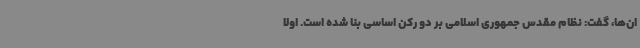
ان‌ها، گفت: نظام مقدس جمهوری اسلامی بر دو رکن اساسی بنا شده است. اولا